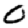
Digit: 0